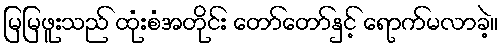
မြမြဖူးသည် ထုံးစံအတိုင်း တော်တော်နှင့် ရောက်မလာခဲ့။